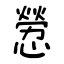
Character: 憥